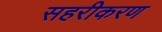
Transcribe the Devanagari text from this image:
सहरीकरण